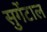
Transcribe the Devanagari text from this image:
सुगेंटाल